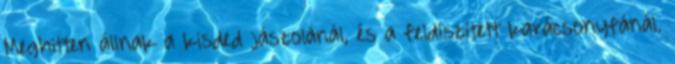
Meghitten állnak a kisded jászolánál, és a feldíszített karácsonyfánál.